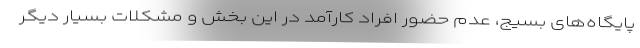
پایگاه‌های بسیج، عدم حضور افراد کارآمد در این بخش و مشکلات بسیار دیگر